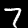
Digit: 7